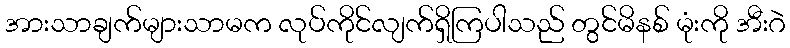
အားသာချက်များသာမက လုပ်ကိုင်လျက်ရှိကြပါသည် တွင်မိနစ် မုံးကို အီးဂဲ